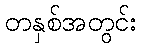
တနှစ်အတွင်း